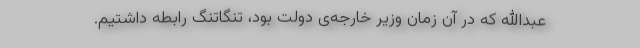
عبدالله که در آن زمان وزیر خارجه‌ی دولت بود، تنگاتنگ رابطه داشتیم.